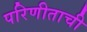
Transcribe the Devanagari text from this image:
परिणीताची